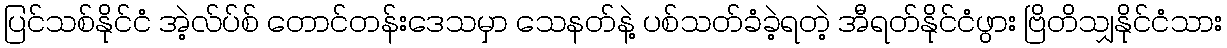
ပြင်သစ်နိုင်ငံ အဲ့လ်ပ်စ် တောင်တန်းဒေသမှာ သေနတ်နဲ့ ပစ်သတ်ခံခဲ့ရတဲ့ အီရတ်နိုင်ငံဖွား ဗြိတိသျှနိုင်ငံသား